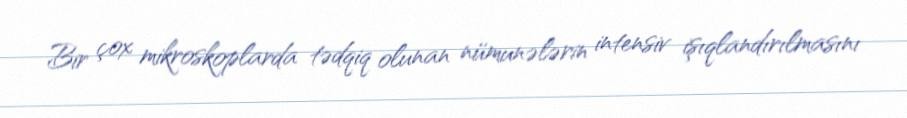
Bir çox mikroskoplarda tədqiq olunan nümunələrin intensiv işıqlandırılmasını